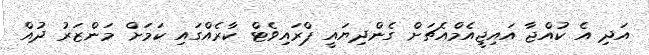
އަދި އެ ކުއްޖާ އައިޖީއެމްއެޗަށް ގެންދިޔައީ ޕްރައިވެޓް ކާރެއްގައި ކަމަށް މަންޒަރު ދުއް